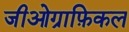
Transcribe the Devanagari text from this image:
जीओग्राफ़िकल